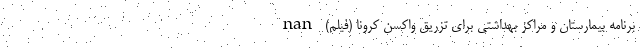
برنامه بیمارستان و مراکز بهداشتی برای تزریق واکسن کرونا (فیلم) nan